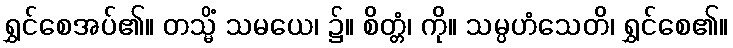
ရွှင်စေအပ်၏။ တသ္မိံ သမယေ၊ ၌။ စိတ္တံ၊ ကို။ သမ္ပဟံသေတိ၊ ရွှင်စေ၏။